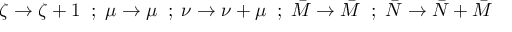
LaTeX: \zeta \rightarrow \zeta + 1 \; \; ; \; \mu \rightarrow \mu \; \; ; \; \nu \rightarrow \nu + \mu \; \; ; \; \bar { M } \rightarrow \bar { M } \; \; ; \; \bar { N } \rightarrow \bar { N } + \bar { M }